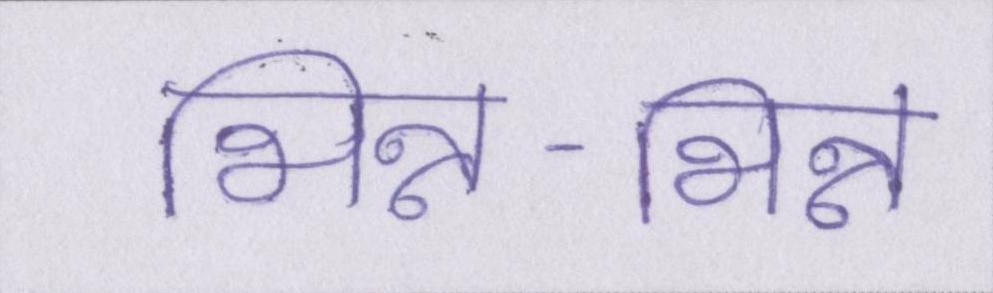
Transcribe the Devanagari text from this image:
भिन्न-भिन्न